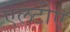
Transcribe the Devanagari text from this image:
एलटीए